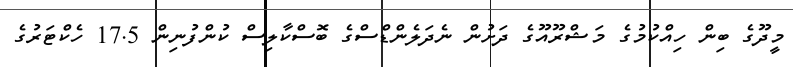
މީދޫގެ ބިން ހިއްކުމުގެ މަޝްރޫއޫގެ ދަށުން ނެދަލެންޑްސްގެ ބޮސްކާލިސް ކުންފުނިން 17.5 ހެކްޓަރުގެ